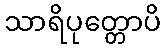
သာရိပုတ္တောပိ